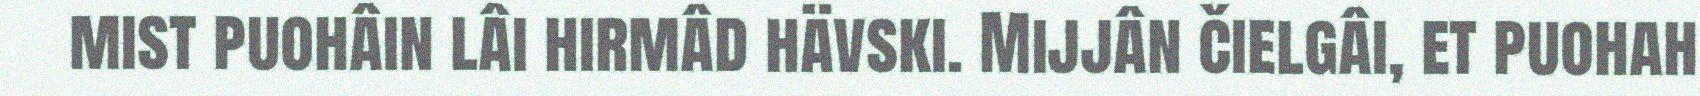
mist puohâin lâi hirmâd hävski. Mijjân čielgâi, et puohah